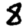
Digit: 8